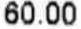
60.00